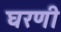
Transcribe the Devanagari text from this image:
घरणी